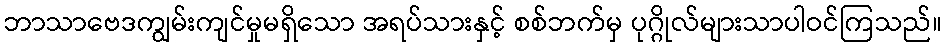
ဘာသာဗေဒကျွမ်းကျင်မှုမရှိသော အရပ်သားနှင့် စစ်ဘက်မှ ပုဂ္ဂိုလ်များသာပါဝင်ကြသည်။